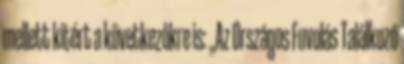
mellett kitért a következőkre is: „Az Országos Fuvolás Találkozó